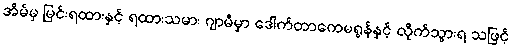
အိမ်မှ မြင်းရထားနှင့် ရထားသမား ဂျာမီမှာ ဒေါက်တာကေမရွန်နှင့် လိုက်သွားရ သဖြင့်